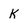
Character: K